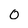
Character: 0